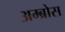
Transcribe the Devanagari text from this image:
अम्ब्रोस